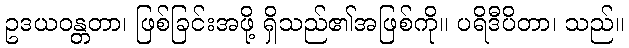
ဥဒယဝန္တတာ၊ ဖြစ်ခြင်းအဖို့ ရှိသည်၏အဖြစ်ကို။ ပရိဒီပိတာ၊ သည်။